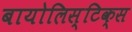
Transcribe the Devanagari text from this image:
बायोलिस्टिक्स